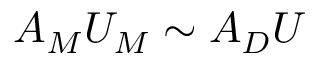
A _ { M } U _ { M } \sim A _ { D } U